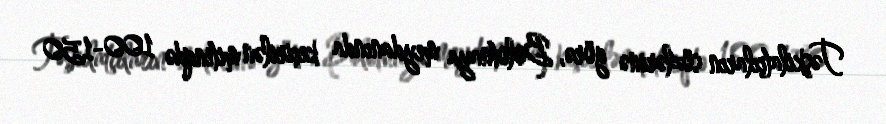
Təşkilatçıların sözlərinə görə, Bolotnaya meydanında keçirilən mitinqdə 100-150